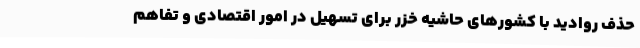
حذف روادید با کشورهای حاشیه خزر برای تسهیل در امور اقتصادی و تفاهم